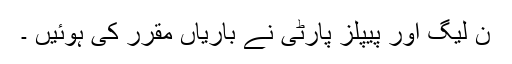
ن لیگ اور پیپلز پارٹی نے باریاں مقرر کی ہوئیں ۔